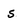
Character: s